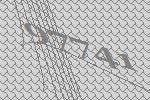
97741